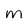
Character: m